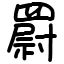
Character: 罻